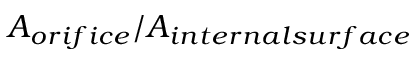
A _ { o r i f i c e } / A _ { i n t e r n a l s u r f a c e }